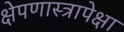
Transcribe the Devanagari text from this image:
क्षेपणास्त्रापेक्षा